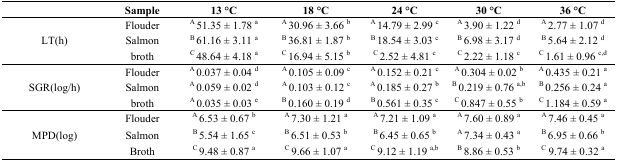
<table><thead><tr><td></td><td><b>Sample</b></td><td><b>13 °C</b></td><td><b>18 °C</b></td><td><b>24 °C</b></td><td><b>30 °C</b></td><td><b>36 °C</b></td></tr></thead><tbody><tr><td rowspan="3">LT(h)</td><td>Flouder</td><td><sup>A </sup>51.35 ± 1.78 <sup>a</sup></td><td><sup>A </sup>30.96 ± 3.66 <sup>b</sup></td><td><sup>A </sup>14.79 ± 2.99 <sup>c</sup></td><td><sup>A </sup>3.90 ± 1.22 <sup>d</sup></td><td><sup>A </sup>2.77 ± 1.07 <sup>d</sup></td></tr><tr><td>Salmon</td><td><sup>B </sup>61.16 ± 3.11 <sup>a</sup></td><td><sup>B </sup>36.81 ± 1.87 <sup>b</sup></td><td><sup>B </sup>18.54 ± 3.03 <sup>c</sup></td><td><sup>B </sup>6.98 ± 3.17 <sup>d</sup></td><td><sup>B </sup>5.64 ± 2.12 <sup>d</sup></td></tr><tr><td>broth</td><td><sup>C </sup>48.64 ± 4.18 <sup>a</sup></td><td><sup>C </sup>16.94 ± 5.15 <sup>b</sup></td><td><sup>C </sup>2.52 ± 4.81 <sup>c</sup></td><td><sup>C </sup>2.22 ± 1.18 <sup>c</sup></td><td><sup>C </sup>1.61 ± 0.96 <sup>c,d</sup></td></tr><tr><td rowspan="3">SGR(log/h)</td><td>Flouder</td><td><sup>A </sup>0.037 ± 0.04 <sup>d</sup></td><td><sup>A </sup>0.105 ± 0.09 <sup>c</sup></td><td><sup>A </sup>0.152 ± 0.21 <sup>c</sup></td><td><sup>A </sup>0.304 ± 0.02 <sup>b</sup></td><td><sup>A </sup>0.435 ± 0.21 <sup>a</sup></td></tr><tr><td>Salmon</td><td><sup>A </sup>0.059 ± 0.02 <sup>d</sup></td><td><sup>A </sup>0.103 ± 0.12 <sup>c</sup></td><td><sup>A </sup>0.185 ± 0.27 <sup>b</sup></td><td><sup>B </sup>0.219 ± 0.76 <sup>a,b</sup></td><td><sup>B </sup>0.256 ± 0.24 <sup>a</sup></td></tr><tr><td>broth</td><td><sup>A </sup>0.035 ± 0.03 <sup>e</sup></td><td><sup>B </sup>0.160 ± 0.19 <sup>d</sup></td><td><sup>B </sup>0.561 ± 0.35 <sup>c</sup></td><td><sup>C </sup>0.847 ± 0.55 <sup>b</sup></td><td><sup>C </sup>1.184 ± 0.59 <sup>a</sup></td></tr><tr><td rowspan="3">MPD(log)</td><td>Flouder</td><td><sup>A </sup>6.53 ± 0.67 <sup>b</sup></td><td><sup>A </sup>7.30 ± 1.21 <sup>a</sup></td><td><sup>A </sup>7.21 ± 1.09 <sup>a</sup></td><td><sup>A </sup>7.60 ± 0.89 <sup>a</sup></td><td><sup>A </sup>7.46 ± 0.45 <sup>a</sup></td></tr><tr><td>Salmon</td><td><sup>B </sup>5.54 ± 1.65 <sup>c</sup></td><td><sup>B </sup>6.51 ± 0.53 <sup>b</sup></td><td><sup>B </sup>6.45 ± 0.65 <sup>b</sup></td><td><sup>A </sup>7.34 ± 0.43 <sup>a</sup></td><td><sup>B </sup>6.95 ± 0.66 <sup>b</sup></td></tr><tr><td>Broth</td><td><sup>C </sup>9.48 ± 0.87 <sup>a</sup></td><td><sup>C </sup>9.66 ± 1.07 <sup>a</sup></td><td><sup>C </sup>9.12 ± 1.19 <sup>a,b</sup></td><td><sup>B </sup>8.86 ± 0.53 <sup>b</sup></td><td><sup>C</sup> 9.74 ± 0.32 <sup>a</sup></td></tr></tbody></table>